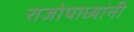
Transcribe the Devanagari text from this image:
राजोपाध्यांनी